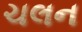
ચલન